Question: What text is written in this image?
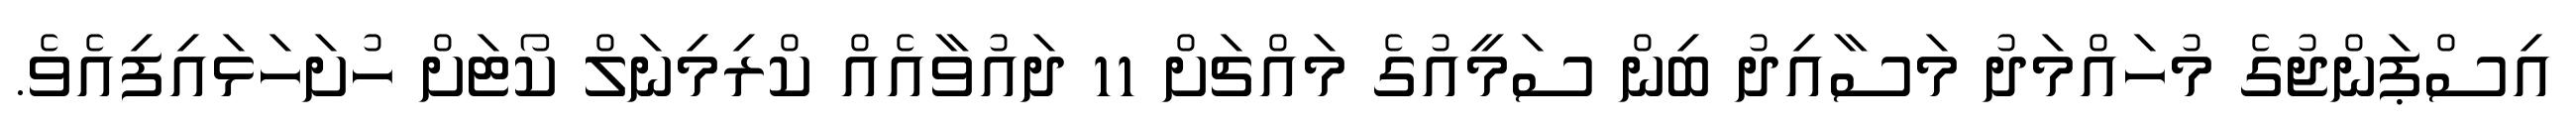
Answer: އިސްޕަންޖުގެ މުހައްމަދު މަސާއިދު ބިން ސަމީއުގެ މައްޗަށް 11 ދައުވާއެއް ކްރިމިނަލް ކޯޓަށް ހުށަހަޅައިފިއެވެ.